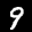
Label: 9